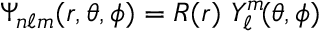
\Psi _ { n \ell m } ( r , \theta , \phi ) = R ( r ) \, \, Y _ { \ell } ^ { m } \! ( \theta , \phi )